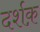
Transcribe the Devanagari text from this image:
दर्शक़